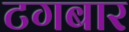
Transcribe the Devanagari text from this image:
टगबार